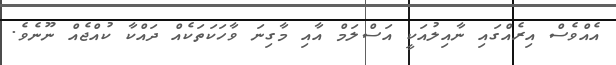
އެއްވެސް އިރެއްގައި ނާއިލުއަކީ އަސްލަމް އާއި މާގިނަ ވާހަކަތަކެއް ދައްކާ ކުއްޖެއް ނޫނެވެ.